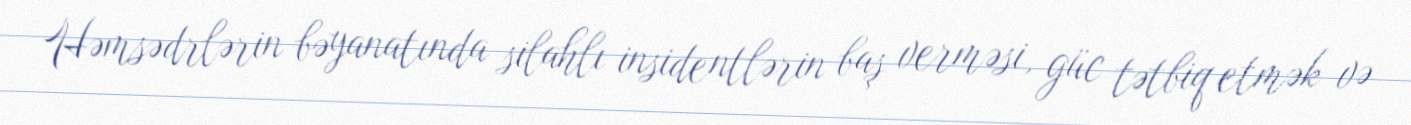
Həmsədrlərin bəyanatında silahlı insidentlərin baş verməsi, güc tətbiq etmək və